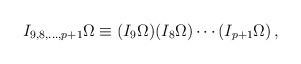
LaTeX: \begin{align*}I_{9,8,\ldots ,p+1} \Omega\equiv (I_9\Omega )(I_8\Omega )\cdots (I_{p+1}\Omega )\,, \end{align*}